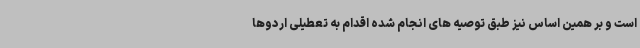
است و بر همین اساس نیز طبق توصیه های انجام شده اقدام به تعطیلی اردوها